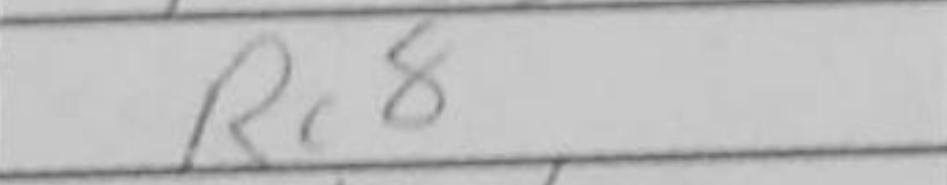
Transcription: Rc8